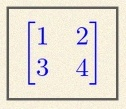
\begin{bmatrix}1&2\\3&4\end{bmatrix}